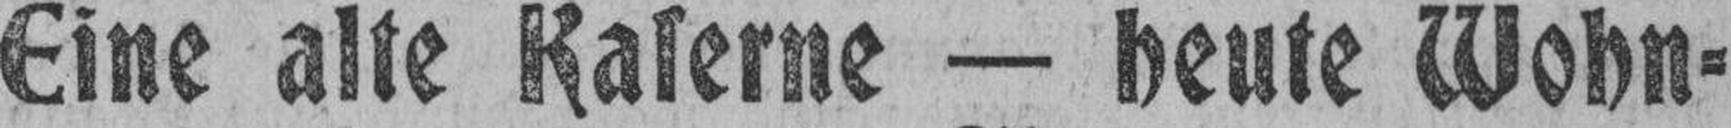
Eine alte Kaserne — heute Wohn¬